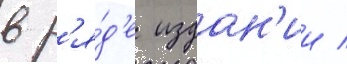
в р'я́д'е издан'ии /